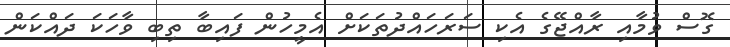
ގޮސް ވުމާއި ރާއްޖޭގެ އެކި ސަރަހައްދުތަކަށް އެމީހުން ފައިބާ ތިބި ވާހަކަ ދައްކަން